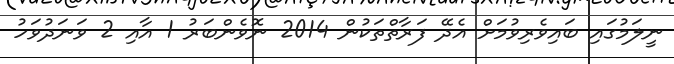
ނީލަމުގައި ބައިވެރިވުމަށް އެދޭ ފަރާތްތަކުން 2014 ނޮވެންބަރު 1 އާއި 2 ވަނަދުވަހު